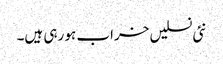
نئی نسلیں خراب ہو رہی ہیں۔